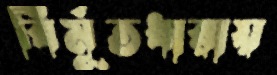
বির্মূতধারায়